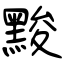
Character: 黢